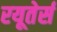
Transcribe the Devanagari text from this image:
रयूतेर्स